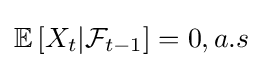
\mathbb {E} \left[X_{t}|{\mathcal {F}}_{t-1}\right]=0,a.s